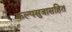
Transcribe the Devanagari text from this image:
कल्पसुत्रासहित